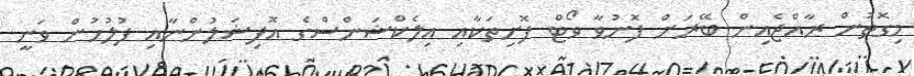
މިގޮތުން ރާއްޖެއިން ބޭރަށް ފޮނުވާ ވޯޓް ފޮށިތަކާއި އިލެކްޝަންސްގެ އޮފިޝަލުންނާއި ފުލުހުން ވަނީ